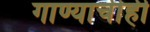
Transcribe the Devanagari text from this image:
गाण्याचीही